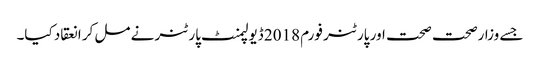
جسے وزارصحت صحت اور پارٹنر فورم 2018 ڈیولپمنٹ پارٹنر نے مل کر انعقاد کیا۔